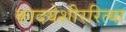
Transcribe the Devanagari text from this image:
कादयेशीररित्या